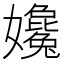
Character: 㜶